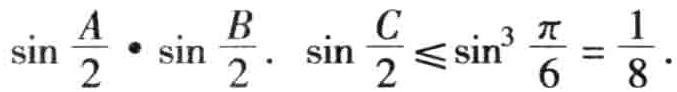
\(\sin \frac{A}{2} \cdot \sin \frac{B}{2} \cdot \sin \frac{C}{2} \leq \sin^{3} \frac{\pi}{6} = \frac{1}{8}\)